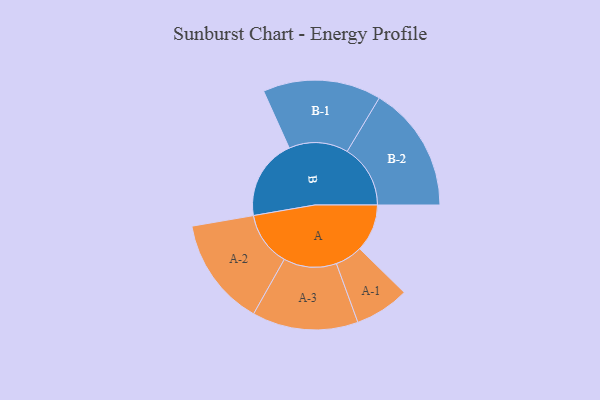
{"axis": {"x": "Segment", "y": "Value"}, "legend": ["", "A", "B"], "data": [{"x": "A", "y": 200, "type": ""}, {"x": "B", "y": 340, "type": ""}, {"x": "A-1", "y": 115, "type": "A"}, {"x": "A-2", "y": 229, "type": "A"}, {"x": "A-3", "y": 223, "type": "A"}, {"x": "B-1", "y": 249, "type": "B"}, {"x": "B-2", "y": 266, "type": "B"}]}